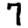
Digit: 7